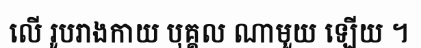
លើ រូបរាងកាយ បុគ្គល ណាមួយ ឡើយ ។